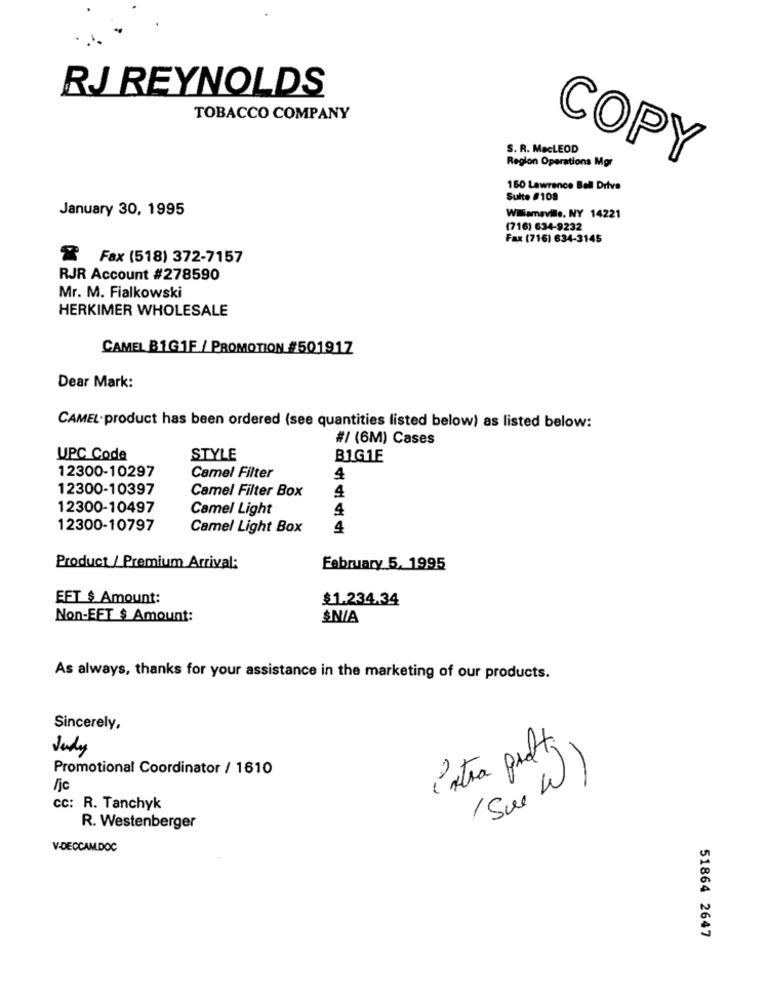
RJ REYNOLDS
TOBACCO COMPANY
S. R. MacLEOD
Region Operations Mgr
COPY
160 Lawrence Bell Drive
Suite #108
January 30, 1995
Williamaville, NY 14221
(716) 634-9232
Fax (716) 634-3145
& Fax (518) 372-7157
RJR Account #278590
Mr. M. Fialkowski
HERKIMER WHOLESALE
CAMEL BIG1F / PROMOTION #501917
Dear Mark:
CAMEL-product has been ordered (see quantities listed below) as listed below:
#/ (6M) Cases
UPC Code
STYLE
BIG1E
12300-10297
Camel Filter
4
12300-10397
Camel Filter Box
4
12300-10497
Camel Light
4
12300-10797
Camel Light Box
4
Product / Premium Arrival:
February 5, 1995
EFT $ Amount:
$1.234,34
Non-EFT $ Amount:
$N/A
As always, thanks for your assistance in the marketing of our products.
Sincerely,
Judy
intra proti
Promotional Coordinator / 1610
(Su W)
/jc
Cc: R. Tanchyk
R. Westenberger
V-DECCAM.DOC
51864 2647